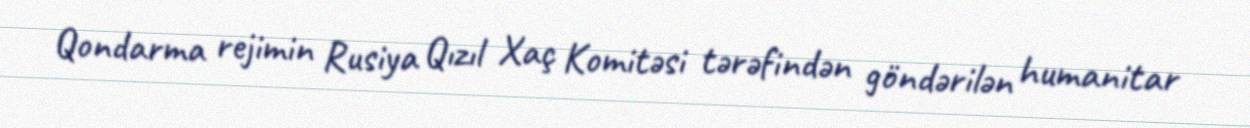
Qondarma rejimin Rusiya Qızıl Xaç Komitəsi tərəfindən göndərilən humanitar